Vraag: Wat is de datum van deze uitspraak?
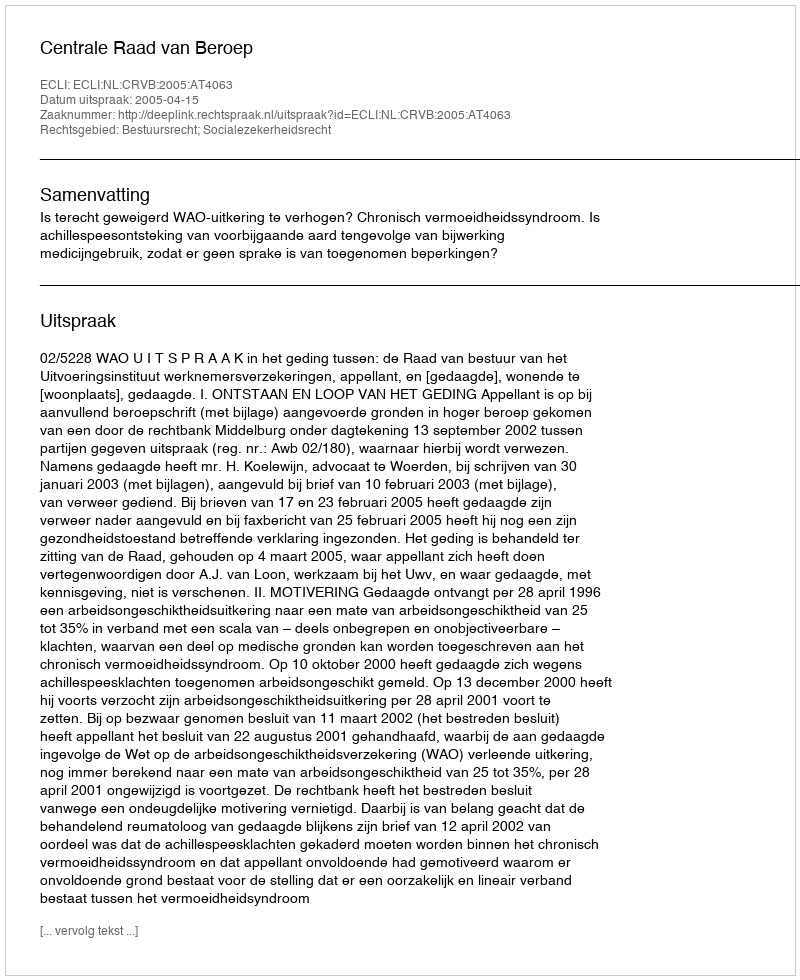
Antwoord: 2005-04-15